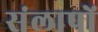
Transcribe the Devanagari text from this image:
संलापों